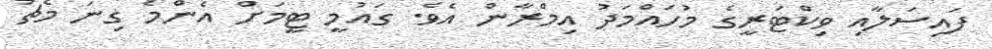
ފައިސަލާއި ވިކްޓަރީގެ މުހައްމަދު އިމްރާން އެވެ. ގައުމީ ޓީމަށް އެންމެ ގިނަ މެޗު